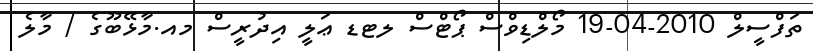
ތަފްސީލް 2010-04-19 މޯލްޑިވްސް ޕޯޓްސް ލޓޑ ޢަލީ އިދުރީސް މއ.މާޅޭބޫގެ / މާލެ